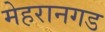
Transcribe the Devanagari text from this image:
मेहरानगड